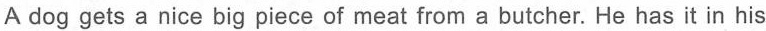
A dog gets a nice big piece of meat from a butcher. He has it in his